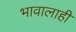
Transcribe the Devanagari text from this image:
भावालाही